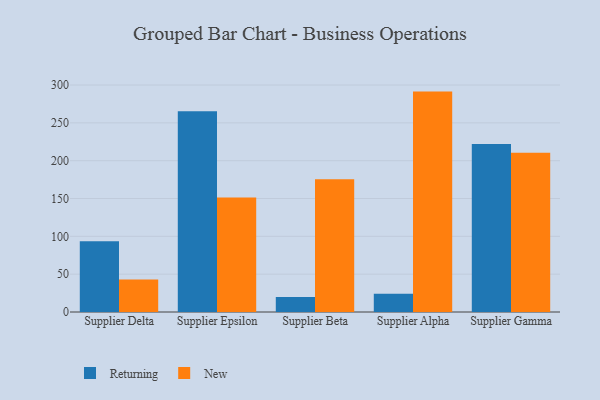
{"axis": {"x": "Supplier", "y": "Bounce Rate (%)"}, "legend": ["New", "Returning"], "data": [{"x": "Supplier Delta", "y": 93.6, "type": "Returning"}, {"x": "Supplier Delta", "y": 43.1, "type": "New"}, {"x": "Supplier Epsilon", "y": 265.4, "type": "Returning"}, {"x": "Supplier Epsilon", "y": 151.2, "type": "New"}, {"x": "Supplier Beta", "y": 19.8, "type": "Returning"}, {"x": "Supplier Beta", "y": 175.3, "type": "New"}, {"x": "Supplier Alpha", "y": 24.0, "type": "Returning"}, {"x": "Supplier Alpha", "y": 291.3, "type": "New"}, {"x": "Supplier Gamma", "y": 221.9, "type": "Returning"}, {"x": "Supplier Gamma", "y": 210.6, "type": "New"}]}